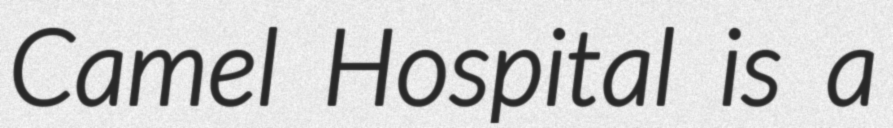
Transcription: Camel Hospital is a